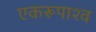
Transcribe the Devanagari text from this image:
एकरूपाश्व